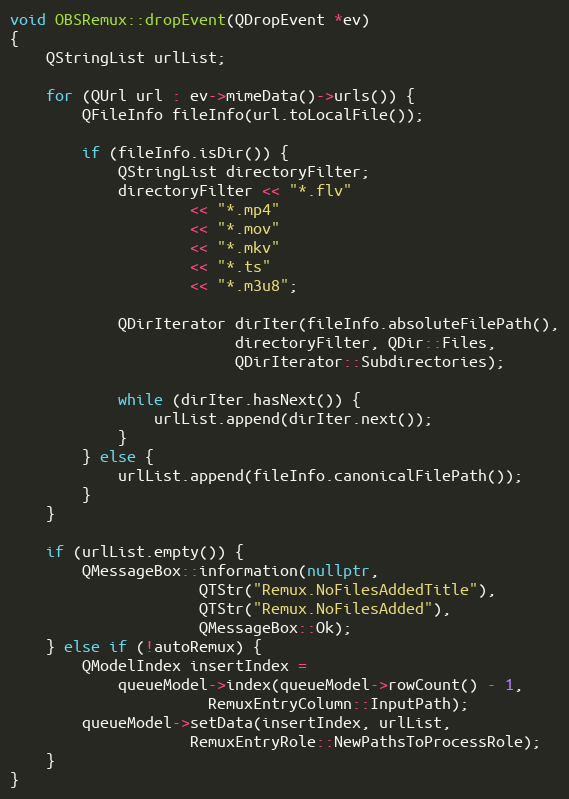
Language: C++
void OBSRemux::dropEvent(QDropEvent *ev)
{
	QStringList urlList;

	for (QUrl url : ev->mimeData()->urls()) {
		QFileInfo fileInfo(url.toLocalFile());

		if (fileInfo.isDir()) {
			QStringList directoryFilter;
			directoryFilter << "*.flv"
					<< "*.mp4"
					<< "*.mov"
					<< "*.mkv"
					<< "*.ts"
					<< "*.m3u8";

			QDirIterator dirIter(fileInfo.absoluteFilePath(),
					     directoryFilter, QDir::Files,
					     QDirIterator::Subdirectories);

			while (dirIter.hasNext()) {
				urlList.append(dirIter.next());
			}
		} else {
			urlList.append(fileInfo.canonicalFilePath());
		}
	}

	if (urlList.empty()) {
		QMessageBox::information(nullptr,
					 QTStr("Remux.NoFilesAddedTitle"),
					 QTStr("Remux.NoFilesAdded"),
					 QMessageBox::Ok);
	} else if (!autoRemux) {
		QModelIndex insertIndex =
			queueModel->index(queueModel->rowCount() - 1,
					  RemuxEntryColumn::InputPath);
		queueModel->setData(insertIndex, urlList,
				    RemuxEntryRole::NewPathsToProcessRole);
	}
}